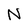
Character: N